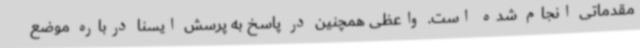
مقدماتی انجام شده است. واعظی همچنین در پاسخ به پرسش ایسنا درباره موضع